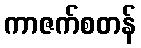
ကာဇက်စတန်